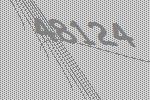
48124